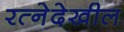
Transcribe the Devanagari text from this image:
रत्‍नेदेखील